Papaver somniferum - Opium : an extract from the sixth volume of the Dictionary of Economic Products of India
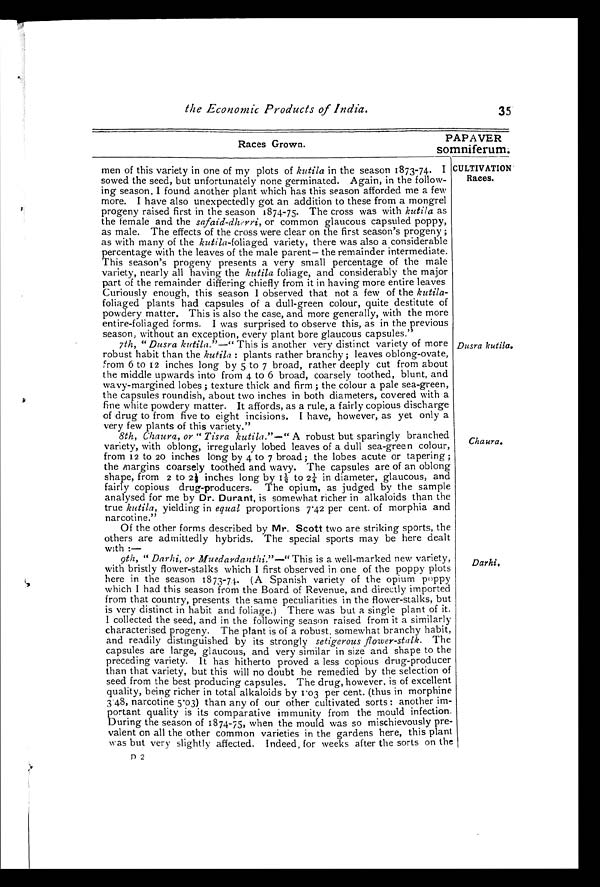
Races Grown.
PAPAVER
somniferum.
the Economic Products of India.
35
CULTIVATION
Races.
men of this variety in one of my plots of kutila in the season 1873-74. I
sowed the seed, but unfortunately none germinated. Again, in the follow-
ing season, I found another plant which has this season afforded me a few
more. I have also unexpectedly got an addition to these from a mongrel
progeny raised first in the season 1874-75. The cross was with kutila as
the female and the safaid-dherri, or common glaucous capsuled poppy,
as male. The effects of the cross were clear on the first season's progeny ;
as with many of the kutila-foliaged variety, there was also a considerable
percentage with the leaves of the male parent— the remainder intermediate.
This season's progeny presents a very small percentage of the male
variety, nearly all having the kutila foliage, and considerably the major
part of the remainder differing chiefly from it in having more entire leaves
Curiously enough, this season I observed that not a few of the
kutila-foliaged plants had capsules of a dull-green colour, quite destitute of
powdery matter. This is also the case, and more generally, with the more
entire-foliaged forms. I was surprised to observe this, as in the previous
season, without an exception, every plant bore glaucous capsules."
7th, "Dusra kutila."—" This is another very distinct variety of more
robust habit than the kutila : plants rather branchy ; leaves oblong-ovate,
From 6 to 12 inches long by 5 to 7 broad, rather deeply cut from about
the middle upwards into from 4 to 6 broad, coarsely toothed, blunt, and
wavy-margined lobes ; texture thick and firm ; the colour a pale sea-green,
the capsules roundish, about two inches in both diameters, covered with a
fine white powdery matter. It affords, as a rule, a fairly copious discharge
of drug to from five to eight incisions. I have, however, as yet only a
very few plants of this variety."
8th, Chaura, or " Tisra kutila."—" A robust but sparingly branched
variety, with oblong, irregularly lobed leaves of a dull sea-green colour,
from 12 to 20 inches long by 4 to 7 broad; the lobes acute or tapering ;
the margins coarsely toothed and wavy. The capsules are of an oblong
shape, from 2 t o 2 ½ i n c h e s l o n g b y 1 ½ t o 2 ¼ i n d i a m e t e r , g l a u c o u s , a n d
fairly copious drug-producers. The opium, as judged by the sample
analysed for me by Dr. Durant, is somewhat richer in alkaloids than the
true kutila, yielding in equal proportions 7.42 per cent. of morphia and
narcotine."
Dusra kutila.
Chaura.
Of the other forms described by Mr. Scott two are striking sports, the
others are admittedly hybrids. The special sports may be here dealt
with :—
9th, " Darhi, or Muedardanthi."—" This is a well-marked new variety,
with bristly flower-stalks which I first observed in one of the poppy plots
here in the season 1873-74. (A Spanish variety of the opium poppy
which I had this season from the Board of Revenue, and directly imported
from that country, presents the same peculiarities in the flower-stalks, but
is very distinct in habit and foliage.) There was but a single plant of it.
I collected the seed, and in the following season raised from it a similarly
characterised progeny. The plant is of a robust, somewhat branchy habit,
and readily distinguished by its strongly setigerous flower-stalk. The
capsules are large, glaucous, and very similar in size and shape to the
preceding- variety. It has hitherto proved a less copious drug-producer
than that variety, but this will no doubt he remedied by the selection of
seed from the best producing capsules. The drug, however, is of excellent
quality, being richer in total alkaloids by 1.03 per cent. (thus in morphine
3.48, narcotine 5.03) than any of our other cultivated sorts : another im-
portant quality is its comparative immunity from the mould infection.
During the season of 1874-75, when the mould was so mischievously pre-
valent on all the other common varieties in the gardens here, this plant
was but very slightly affected. Indeed, for weeks after the sorts on the
Darhi.
D 2